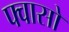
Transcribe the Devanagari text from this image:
फ्वासो